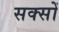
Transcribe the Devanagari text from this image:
सक्सों